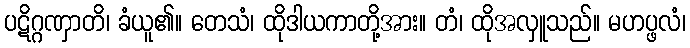
ပဋိဂ္ဂဏှာတိ၊ ခံယူ၏။ တေသံ၊ ထိုဒါယကာတို့အား။ တံ၊ ထိုအလှူသည်။ မဟပ္ဖလံ၊